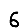
Digit: 6